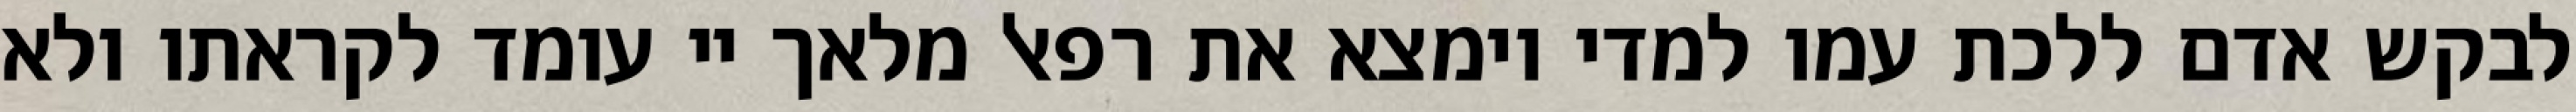
לבקש אדם ללכת עמו למדי וימצא את רפאל מלאך יי עומד לקראתו ולא